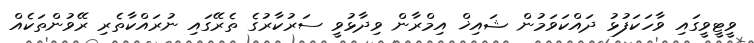
ވީޓީވީގައި ވާހަކަފުޅު ދައްކަވަމުން ޝައިޚް އިމްރާން ވިދާޅުވީ ސަރުކާރުގެ ތެރޭގައި ނުރައްކާތެރި ރޭވުންތަކެއް